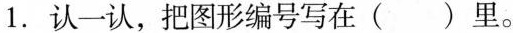
1. 认一认，把图形编号写在( )里。